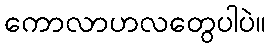
ကောလာဟလတွေပါပဲ။